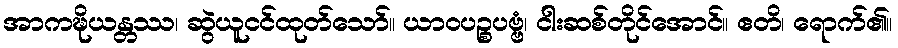
အာကဍ္ဎိယန္တဿ၊ ဆွဲယူငင်ထုတ်သော်။ ယာဝပဉ္စပဗ္ဗံ၊ ငါးဆစ်တိုင်အောင်။ ဧတိ၊ ရောက်၏။